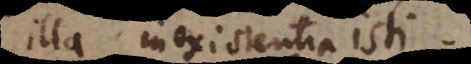
illa inexistentia isti.